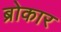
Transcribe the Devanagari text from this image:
ब्रोकार